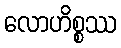
လောဟိစ္စဿ